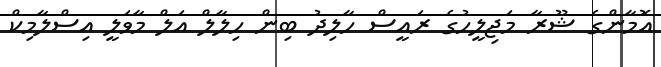
އޮމާންގެ ޝޫރާ މަޖިލީހުގެ ރައީސް ހާލިދު ބިން ހިލާލް އަލް މާވަލީ އިސްލާމިކް